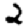
Digit: 2